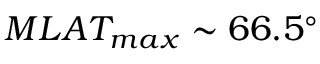
M L A T _ { m a x } \sim 6 6 . 5 ^ { \circ }